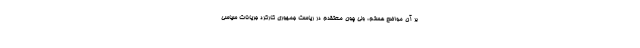
بر آن مواضع هستم، ولی چون معتقدم در ریاست جمهوری کارکرد جریانات سیاسی